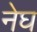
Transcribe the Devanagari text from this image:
नेघ